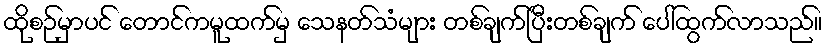
ထိုစဉ်မှာပင် တောင်ကမူထက်မှ သေနတ်သံများ တစ်ချက်ပြီးတစ်ချက် ပေါ်ထွက်လာသည်။